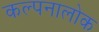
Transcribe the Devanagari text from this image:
कल्पनालोक